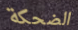
الضحكة